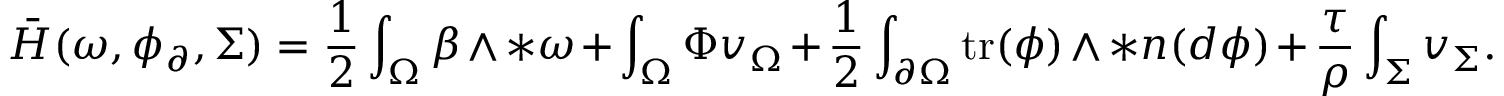
\bar { H } ( \omega , \phi _ { \partial } , \Sigma ) = \frac { 1 } { 2 } \int _ { \Omega } \beta \wedge \ast \omega + \int _ { \Omega } \Phi v _ { \Omega } + \frac { 1 } { 2 } \int _ { \partial \Omega } \mathrm { t r } ( \phi ) \wedge \ast \boldsymbol { n } ( d \phi ) + \frac { \tau } { \rho } \int _ { \Sigma } v _ { \Sigma } .